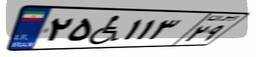
۲۵W۱۱۳۲۹